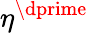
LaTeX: \eta^{\dprime}